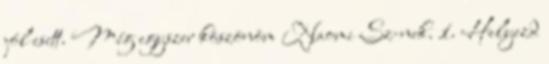
jól esett. Még egyszer köszönöm Naomi Sz-nek. 1. Helyezd